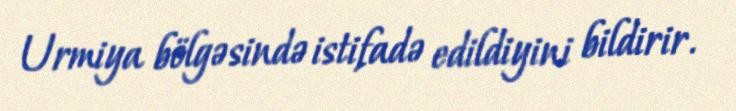
Urmiya bölgəsində istifadə edildiyini bildirir.